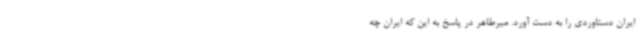
ایران دستاوردی را به دست آورد. میرطاهر در پاسخ به این که ایران چه